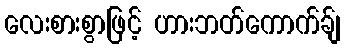
လေးစားစွာဖြင့် ဟားဘတ်ကောက်ခ်ျ